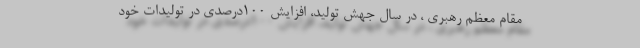
مقام معظم رهبری ، در سال جهش تولید، افزایش 100درصدی در تولیدات خود